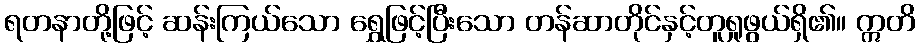
ရတနာတို့ဖြင့် ဆန်းကြယ်သော ရွှေဖြင့်ပြီးသော တန်ဆာတိုင်နှင့်တူရှုဖွယ်ရှိ၏။ ဣတိ